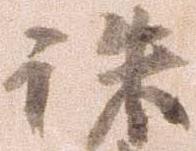
誅